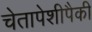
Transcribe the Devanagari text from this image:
चेतापेशीपैकी